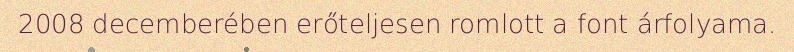
2008 decemberében erőteljesen romlott a font árfolyama.